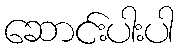
ဆောင်းပါးပါ